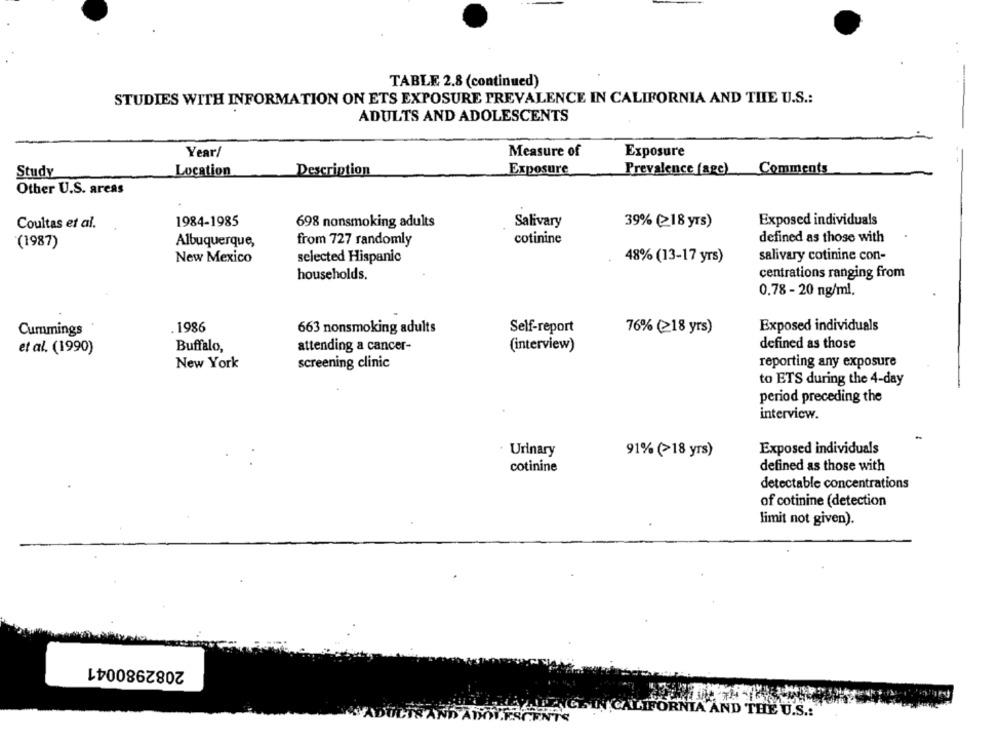
TABLE 2.8 (continued)
STUDIES WITH INFORMATION ON ETS EXPOSURE PREVALENCE IN CALIFORNIA AND THE U.S .:
ADULTS AND ADOLESCENTS
Year/
Measure of
Exposure
Exposure
Prevalence (agc) Comments
Study
Location
Description
Other U.S. areas
1984-1985
Salivary
Exposed individuals
Coultas et al.
698 nonsmoking adults
39% (≥18 yrs)
(1987)
Albuquerque,
from 727 randomly
cotinine
defined as those with
New Mexico
selected Hispanic
48% (13-17 yrs)
salivary cotinine con-
centrations ranging from
households.
0.78 - 20 ng/ml.
Cummings
1986
663 nonsmoking adults
Self-report
76% (≥18 yrs)
Exposed individuals
Buffalo,
attending a cancer-
(interview)
defined as those
et al. (1990)
screening clinic
reporting any exposure
New York
to ETS during the 4-day
period preceding the
interview.
Urinary
91% (>18 yrs)
Exposed individuals
defined as those with
cotinine
detectable concentrations
of cotinine (detection
limit not given).
2082980041
CALIFORNIA AND THE U.S .: